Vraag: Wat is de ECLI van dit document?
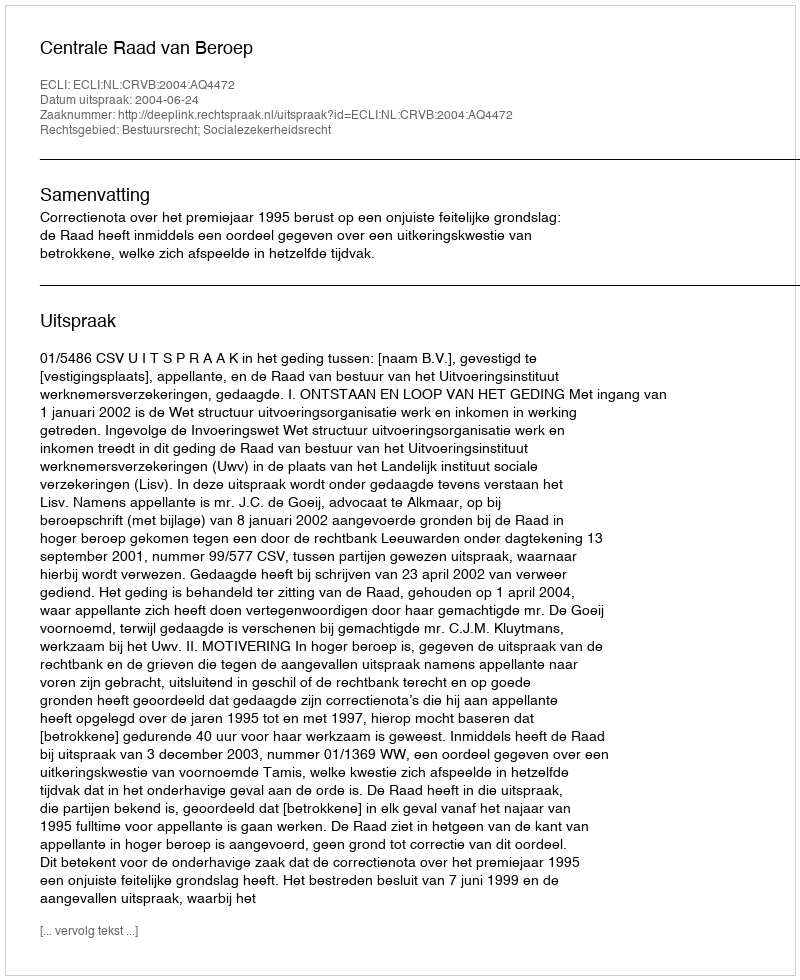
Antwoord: ECLI:NL:CRVB:2004:AQ4472